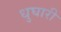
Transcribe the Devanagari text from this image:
धुघारी